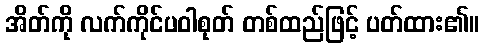
အိတ်ကို လက်ကိုင်ပဝါစုတ် တစ်ထည်ဖြင့် ပတ်ထား၏။